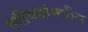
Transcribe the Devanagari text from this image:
स्त्रीवद्यांमधील